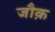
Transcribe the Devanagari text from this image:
जौक़